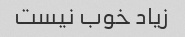
زیاد خوب نیست